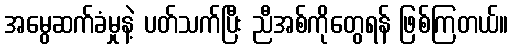
အမွေဆက်ခံမှုနဲ့ ပတ်သက်ပြီး ညီအစ်ကိုတွေရန် ဖြစ်ကြတယ်။